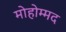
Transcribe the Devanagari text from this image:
मोहोम्मद